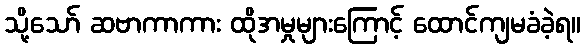
သို့သော် ဆဗာကာကား ထိုအမှုများကြောင့် ထောင်ကျမခံခဲ့ရ။